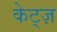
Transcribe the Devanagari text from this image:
केट्ज़